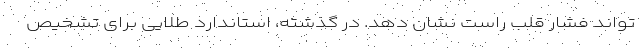
تواند فشار قلب راست نشان دهد. در گذشته، استاندارد طلایی برای تشخیص